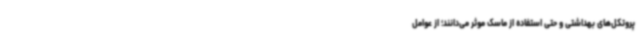
پروتکل‌های بهداشتی و حتی استفاده از ماسک موثر می‌دانند؛ از عوامل